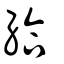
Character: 給